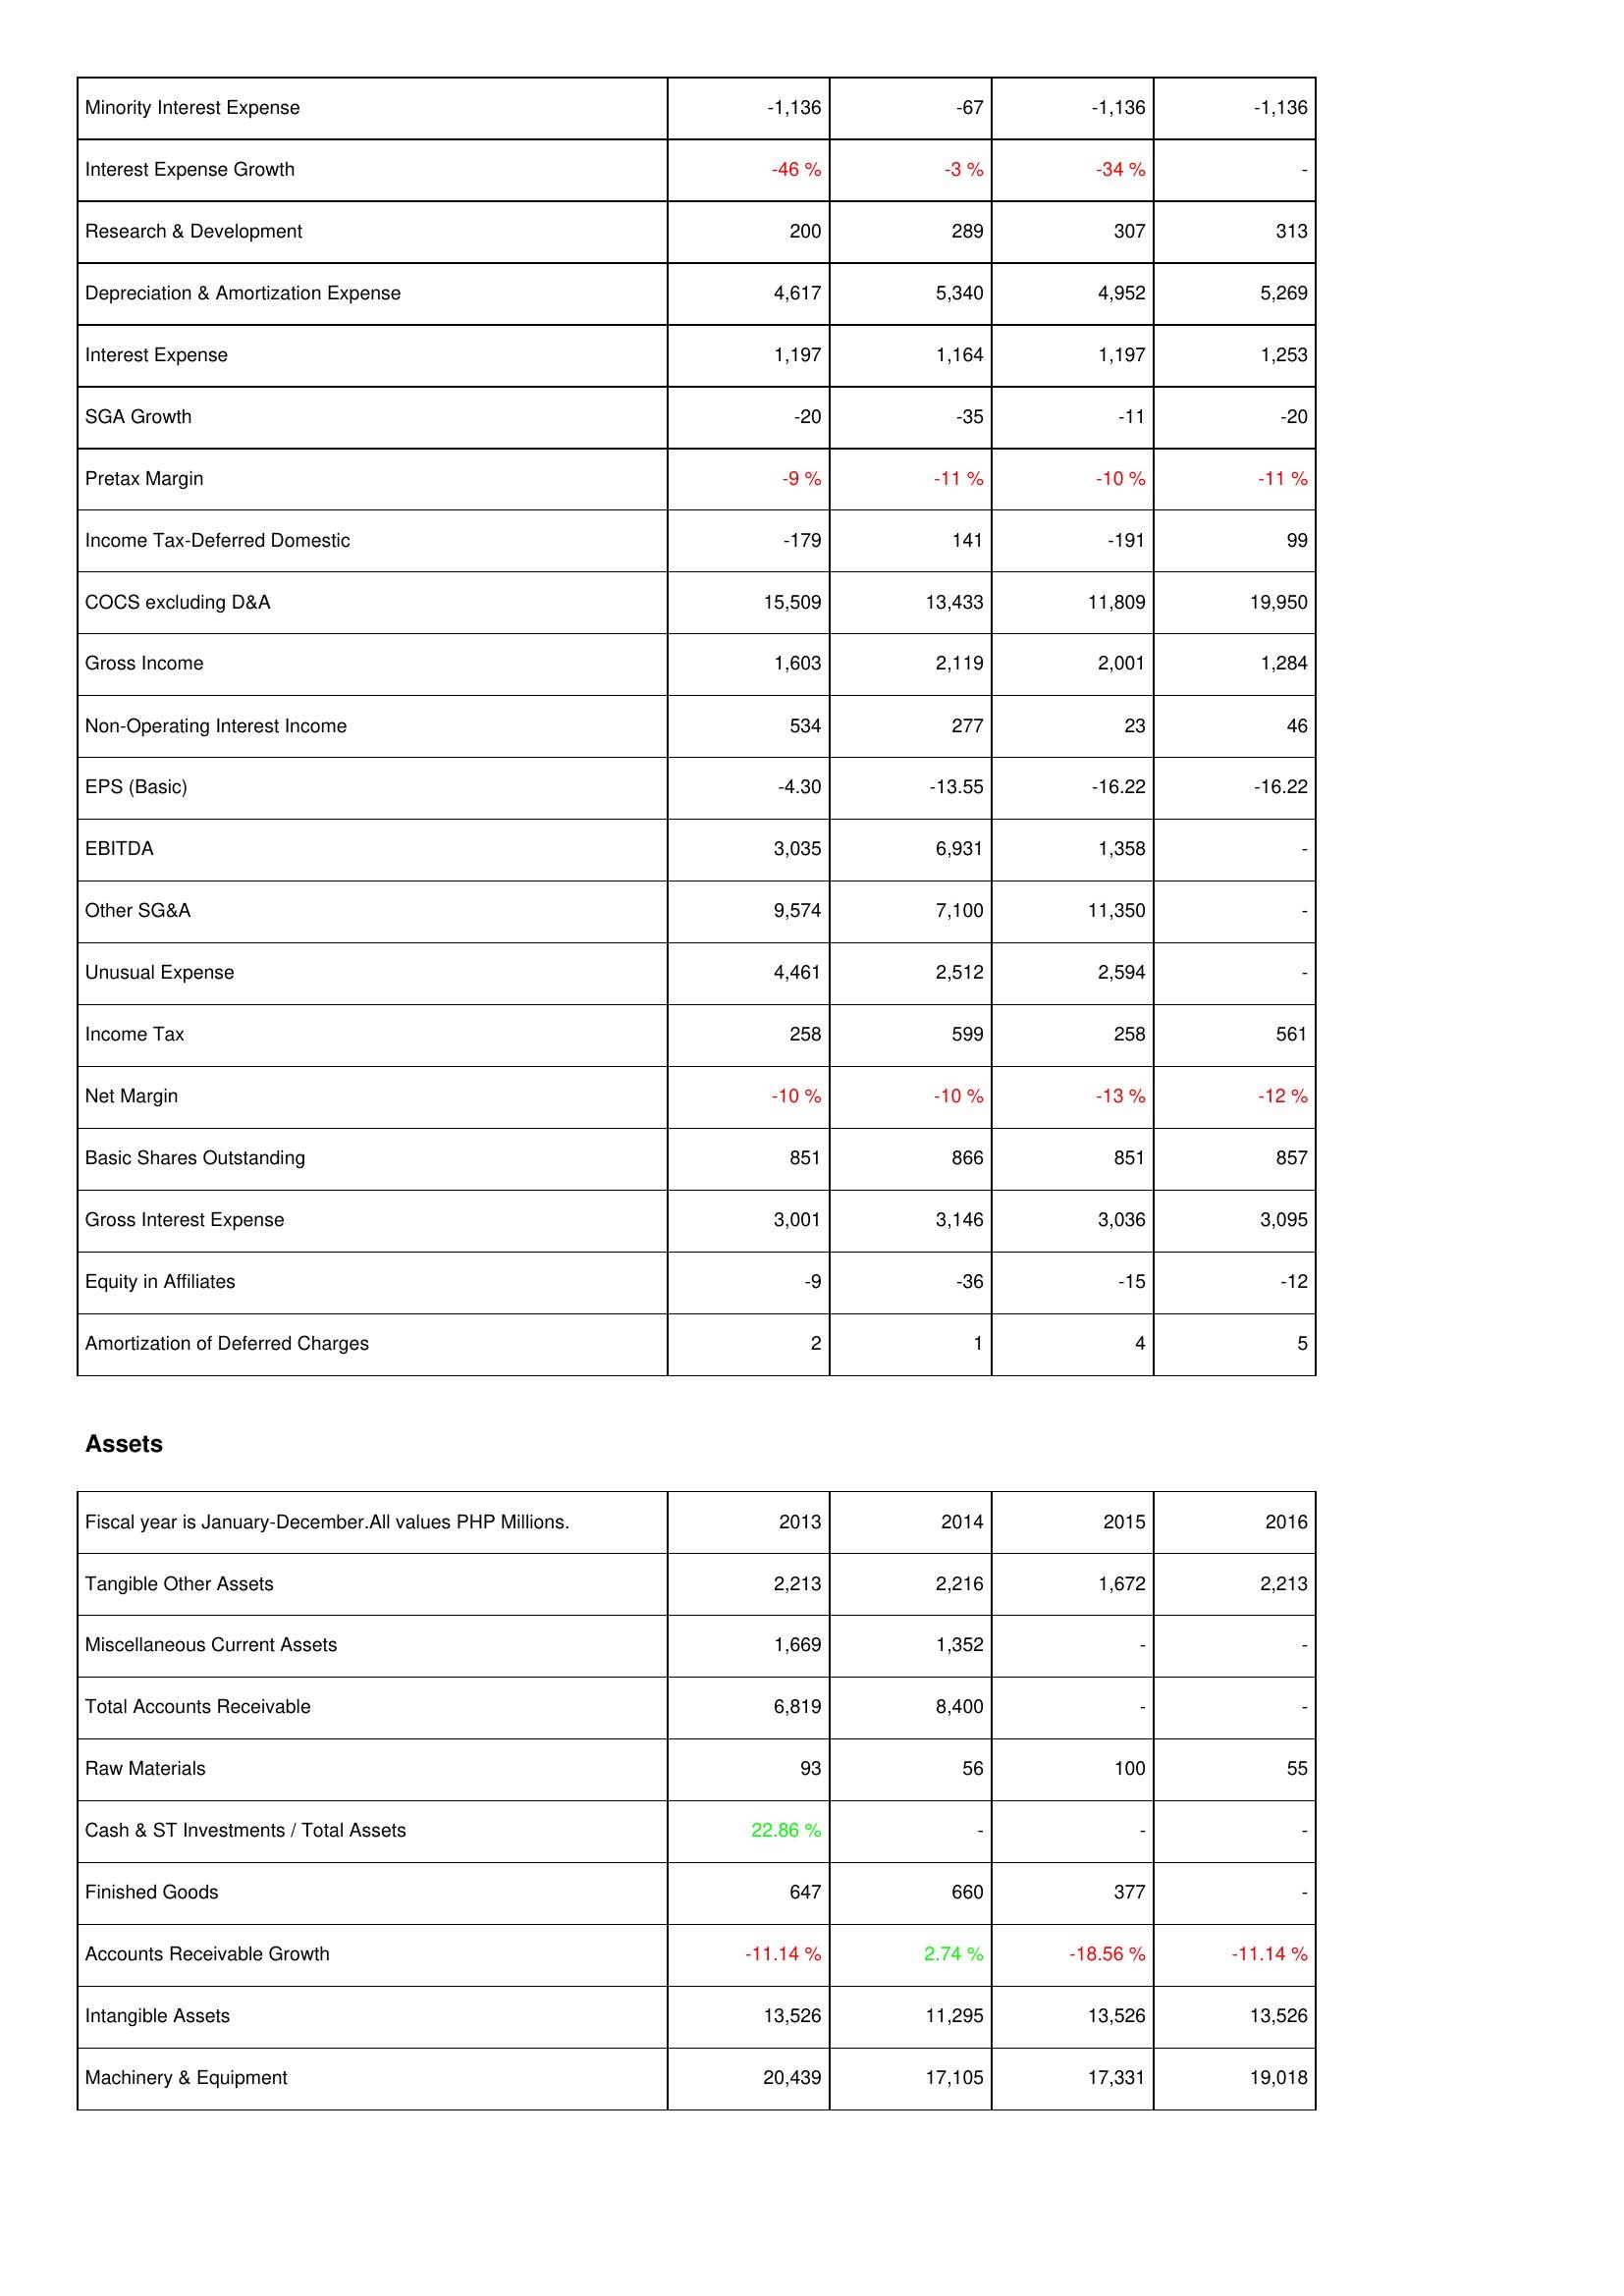
2013: Income Statement: Minority Interest Expense: -1,136
Interest Expense Growth: -46 %
Research & Development: 200
Depreciation & Amortization Expense: 4,617
Interest Expense: 1,197
SGA Growth: -20
Pretax Margin: -9 %
Income Tax-Deferred Domestic: -179
COCS excluding D&A: 15,509
Gross Income: 1,603
Non-Operating Interest Income: 534
EPS (Basic): -4.30
EBITDA: 3,035
Other SG&A: 9,574
Unusual Expense: 4,461
Income Tax: 258
Net Margin: -10 %
Basic Shares Outstanding: 851
Gross Interest Expense: 3,001
Equity in Affiliates: -9
Amortization of Deferred Charges: 2
Assets: Tangible Other Assets: 2,213
Miscellaneous Current Assets: 1,669
Total Accounts Receivable: 6,819
Raw Materials: 93
Cash & ST Investments / Total Assets: 22.86 %
Finished Goods: 647
Accounts Receivable Growth: -11.14 %
Intangible Assets: 13,526
Machinery & Equipment: 20,439
2014: Income Statement: Minority Interest Expense: -67
Interest Expense Growth: -3 %
Research & Development: 289
Depreciation & Amortization Expense: 5,340
Interest Expense: 1,164
SGA Growth: -35
Pretax Margin: -11 %
Income Tax-Deferred Domestic: 141
COCS excluding D&A: 13,433
Gross Income: 2,119
Non-Operating Interest Income: 277
EPS (Basic): -13.55
EBITDA: 6,931
Other SG&A: 7,100
Unusual Expense: 2,512
Income Tax: 599
Net Margin: -10 %
Basic Shares Outstanding: 866
Gross Interest Expense: 3,146
Equity in Affiliates: -36
Amortization of Deferred Charges: 1
Assets: Tangible Other Assets: 2,216
Miscellaneous Current Assets: 1,352
Total Accounts Receivable: 8,400
Raw Materials: 56
Cash & ST Investments / Total Assets: -
Finished Goods: 660
Accounts Receivable Growth: 2.74 %
Intangible Assets: 11,295
Machinery & Equipment: 17,105
2015: Income Statement: Minority Interest Expense: -1,136
Interest Expense Growth: -34 %
Research & Development: 307
Depreciation & Amortization Expense: 4,952
Interest Expense: 1,197
SGA Growth: -11
Pretax Margin: -10 %
Income Tax-Deferred Domestic: -191
COCS excluding D&A: 11,809
Gross Income: 2,001
Non-Operating Interest Income: 23
EPS (Basic): -16.22
EBITDA: 1,358
Other SG&A: 11,350
Unusual Expense: 2,594
Income Tax: 258
Net Margin: -13 %
Basic Shares Outstanding: 851
Gross Interest Expense: 3,036
Equity in Affiliates: -15
Amortization of Deferred Charges: 4
Assets: Tangible Other Assets: 1,672
Miscellaneous Current Assets: -
Total Accounts Receivable: -
Raw Materials: 100
Cash & ST Investments / Total Assets: -
Finished Goods: 377
Accounts Receivable Growth: -18.56 %
Intangible Assets: 13,526
Machinery & Equipment: 17,331
2016: Income Statement: Minority Interest Expense: -1,136
Interest Expense Growth: -
Research & Development: 313
Depreciation & Amortization Expense: 5,269
Interest Expense: 1,253
SGA Growth: -20
Pretax Margin: -11 %
Income Tax-Deferred Domestic: 99
COCS excluding D&A: 19,950
Gross Income: 1,284
Non-Operating Interest Income: 46
EPS (Basic): -16.22
EBITDA: -
Other SG&A: -
Unusual Expense: -
Income Tax: 561
Net Margin: -12 %
Basic Shares Outstanding: 857
Gross Interest Expense: 3,095
Equity in Affiliates: -12
Amortization of Deferred Charges: 5
Assets: Tangible Other Assets: 2,213
Miscellaneous Current Assets: -
Total Accounts Receivable: -
Raw Materials: 55
Cash & ST Investments / Total Assets: -
Finished Goods: -
Accounts Receivable Growth: -11.14 %
Intangible Assets: 13,526
Machinery & Equipment: 19,018